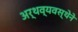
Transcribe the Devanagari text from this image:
अर्थव्यवस्थेने